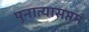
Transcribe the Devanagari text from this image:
पुनात्यासप्तमं